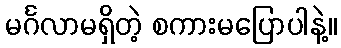
မင်္ဂလာမရှိတဲ့ စကားမပြောပါနဲ့။